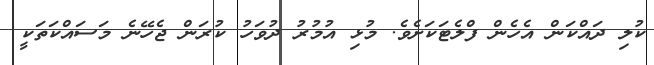
ކުލި ދައްކަން އެހެން ފްލެޓަކަށެވެ. މުޅި އުމުރު ދުވަހު ކުރަން ޖެހޭނެ މަސައްކަތަކީ